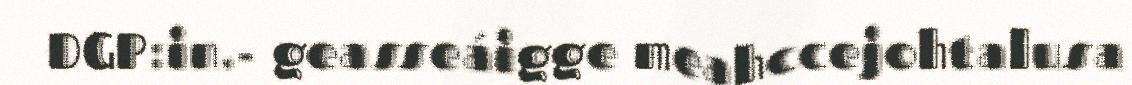
DGP:in.- geasseáigge meahccejohtalusa